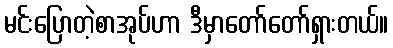
မင်းပြောတဲ့စာအုပ်ဟာ ဒီမှာတော်တော်ရှားတယ်။